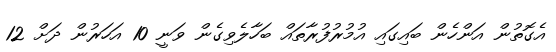
އެގޮތުން އަންހެން ބައިގައި އުމުރުފުރާތައް ބަހާލެވިގެން ވަނީ 10 އަހަރުން ދަށް 12